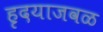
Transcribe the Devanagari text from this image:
हृदयाजवळ